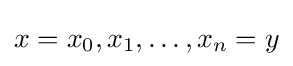
x=x_{0},x_{1},\ldots ,x_{n}=y